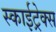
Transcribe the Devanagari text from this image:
स्काईट्रेक्स